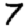
Digit: 7